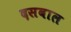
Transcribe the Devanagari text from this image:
दसवाल